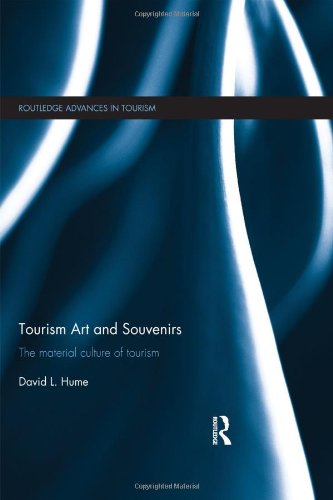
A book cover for Tourism Art and Souvenirs: The Material Culture of Tourism (Routledge Advances in Tourism); David Hume; Travel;